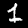
Digit: 1